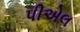
પીએલ